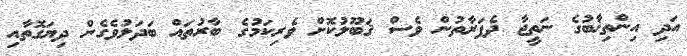
އަދި އިންތިޚާބުގެ ނަތީޖާ ދެފަރާތުން ވެސް ޤަބޫލުކޮށް ވެރިކަމުގެ ބާރުތައް ބަދަލުވެގެން ދިޔަގޮތާއި